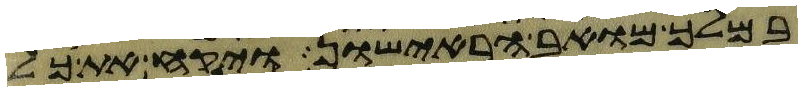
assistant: במלך מואב הראישון ויקח את כל